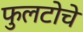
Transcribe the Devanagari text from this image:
फुलटोचे